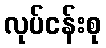
လုပ်ငန်းစု